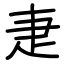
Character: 疌